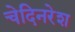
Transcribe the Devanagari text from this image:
चेदिनरेश